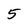
Character: 5